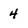
Character: 4